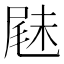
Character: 𡲧